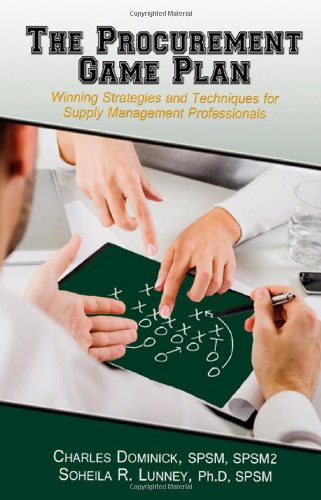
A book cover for The Procurement Game Plan: Winning Strategies and Techniques for Supply Management Professionals; Charles Dominick; Business & Money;